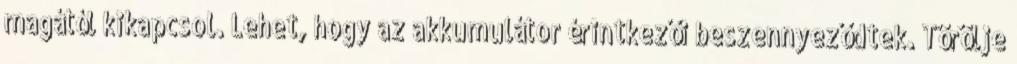
magától kikapcsol. Lehet, hogy az akkumulátor érintkezői beszennyeződtek. Törölje